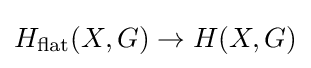
H_{\mathrm {flat} }(X,G)\rightarrow H(X,G)